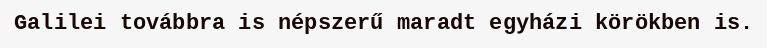
Galilei továbbra is népszerű maradt egyházi körökben is.